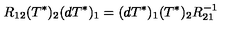
R _ { 1 2 } ( T ^ { * } ) _ { 2 } ( d T ^ { * } ) _ { 1 } = ( d T ^ { * } ) _ { 1 } ( T ^ { * } ) _ { 2 } R _ { 2 1 } ^ { - 1 }